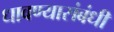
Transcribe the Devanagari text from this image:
धावण्यासंबंधी